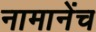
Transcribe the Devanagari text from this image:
नामानेंच